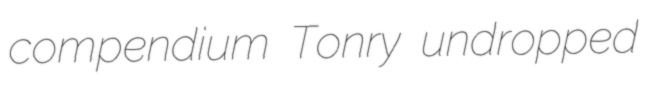
compendium Tonry undropped